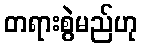
တရားစွဲမည်ဟု